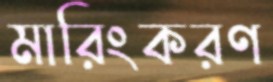
মারিংকরণ